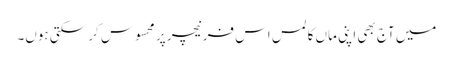
میں آج بھی اپنی ماں کا لمس اس فرنیچر پر محسوس کر سکتی ہوں۔